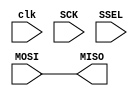
module SPI_Slave(
                 clk,
                 SCK, SSEL, MOSI,MISO//SPI communication pin

                 );
 input clk;
 input SCK, SSEL, MOSI;
 output MISO;

 reg [7:0] mem;

 assign MISO = MOSI;

 always @(posedge SCK)
 	begin
 		if (SSEL) begin
 			if (mem == 255) begin
 				mem <= 0;
 			end else begin
 				mem <= mem + 1;
 			end
 		end
 	end
 endmodule